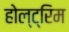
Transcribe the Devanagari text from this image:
होल्ट्रिम